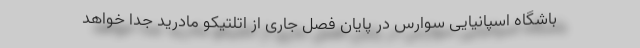
باشگاه اسپانیایی سوارس در پایان فصل جاری از اتلتیکو مادرید جدا خواهد